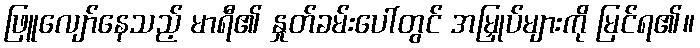
ဖြူလျော်နေသည့် မာရီ၏ နှုတ်ခမ်းပေါ်တွင် အမြှုပ်များကို မြင်ရ၏။